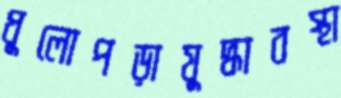
ধুলোপড়াযুদ্ধাবস্থা